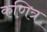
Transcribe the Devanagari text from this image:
कणित्र